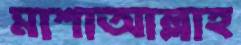
মাশাআল্লাহ